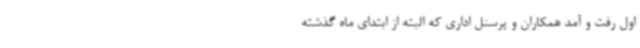
اول رفت و آمد همکاران و پرسنل اداری که البته از ابتدای ماه گذشته